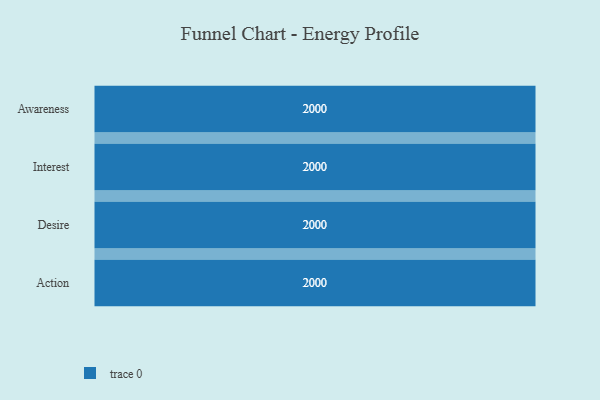
{"axis": {"x": "Stage", "y": "Value"}, "legend": [""], "data": [{"x": "Awareness", "y": 2000, "type": ""}, {"x": "Interest", "y": 2000, "type": ""}, {"x": "Desire", "y": 2000, "type": ""}, {"x": "Action", "y": 2000, "type": ""}]}